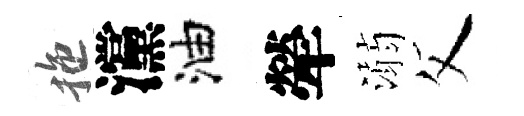
拖灙油犖溺父